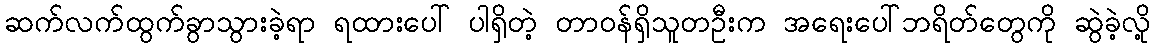
ဆက်လက်ထွက်ခွာသွားခဲ့ရာ ရထားပေါ် ပါရှိတဲ့ တာဝန်ရှိသူတဦးက အရေးပေါ်ဘရိတ်တွေကို ဆွဲခဲ့လို့